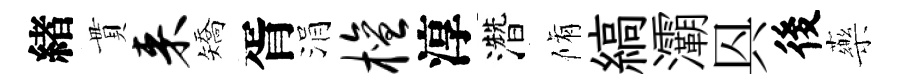
緖貫来矯胥涓檀淳濳脩縞灞㒷後藥